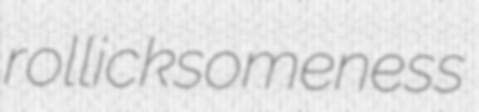
rollicksomeness